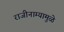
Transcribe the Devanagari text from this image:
राजीनाम्यामुळे